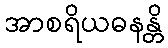
အာစရိယဓနန္တိ